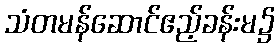
သံတမန်ဆောင်ဧည့်ခန်းမ၌